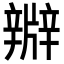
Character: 㸤